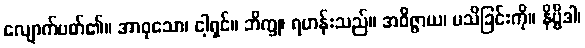
လျောက်ပတ်၏။ အာဝုသော၊ ငါ့ရှင်။ ဘိက္ခု၊ ရဟန်းသည်။ အဝိဇ္ဇာယ၊ မသိခြင်းကို။ နိဗ္ဗိဒါ၊